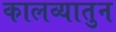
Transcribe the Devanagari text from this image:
कालव्यातुन